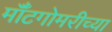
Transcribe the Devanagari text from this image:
मॉँटगोमरीच्या